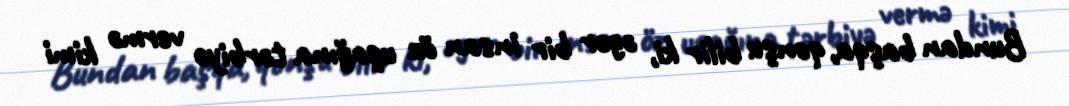
Bundan başqa, qonşu bilir ki, əgər bir insan öz uşağına tərbiyə vermə kimi